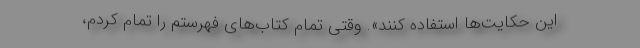
این حکایت‌ها استفاده کنند». وقتی تمام کتاب‌های فهرستم را تمام کردم،